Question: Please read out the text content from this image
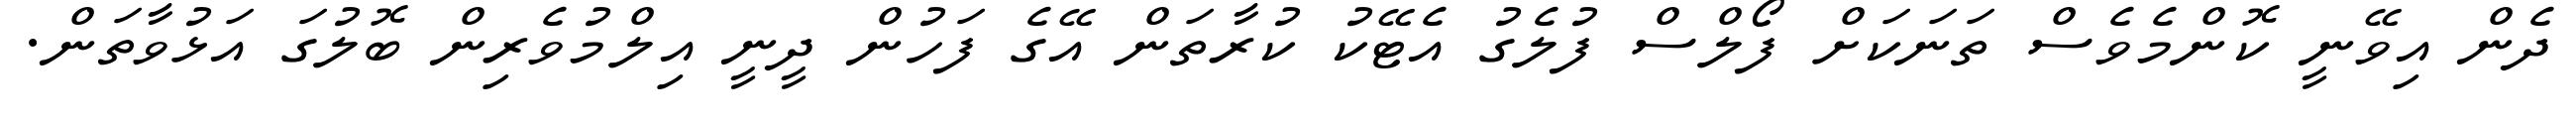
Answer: ދެން އިވޭނީ ކޮންމެވެސް ތަނަކަށް ފޯލްސް ފުލެގު އެޓޭކު ކުރާތަން އޭގެ ފަހުން ދީނީ އިލްމުވެރިން ބޮލުގަ އަޅުވާތަން.